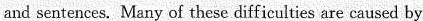
and sentences. Many of these difficulties are caused by